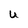
Character: u